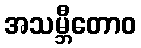
အသမ္ဘီတောဝ